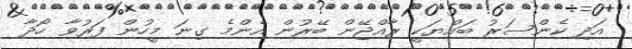
އަދި ކެންސަރު ބައްޔަކީ ރާއްޖޭން ބޭރުން އެންމެ ގިނަ މީހުން ފަރުވާ ހޯދާ